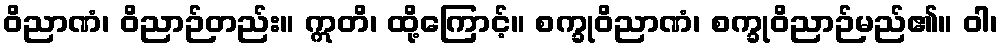
ဝိညာဏံ၊ ဝိညာဉ်တည်း။ ဣတိ၊ ထို့ကြောင့်။ စက္ခုဝိညာဏံ၊ စက္ခုဝိညာဉ်မည်၏။ ဝါ၊